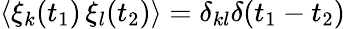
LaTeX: \langle\xi_{k}(t_{1})\, \xi_{l}(t_{2})\rangle=\delta_{kl}\delta(t_{1}-t_{2})